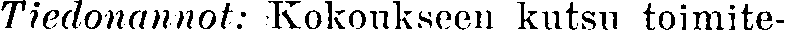
Tiedonannot: Kokoukseen kutsu toimite-